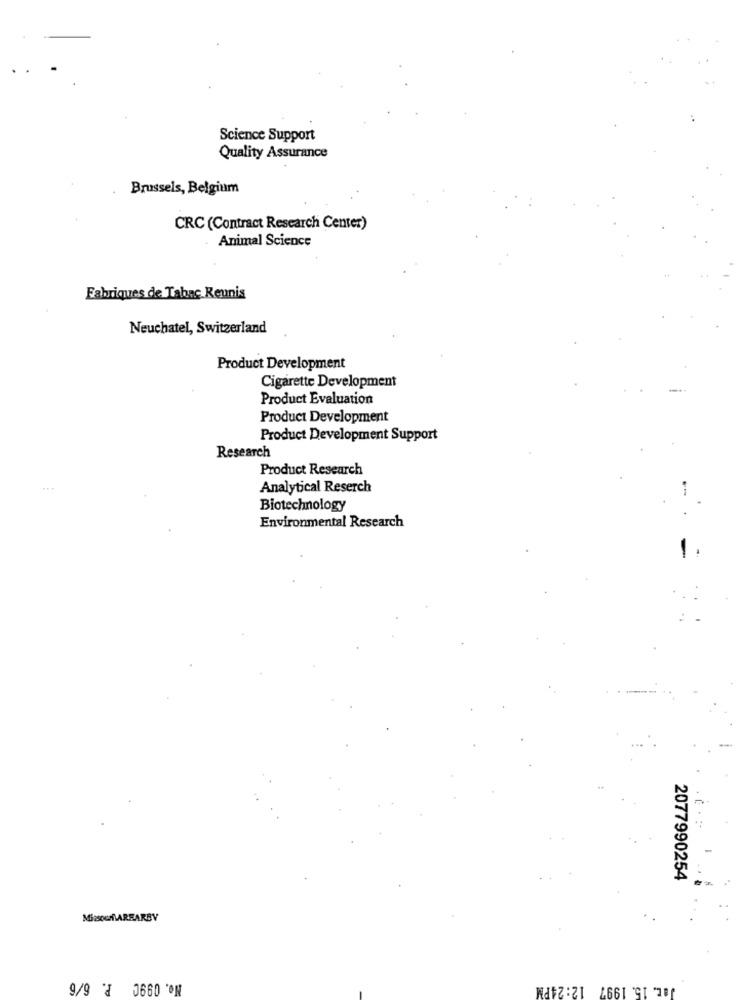
Science Support
Quality Assurance
Brussels, Belgium
CRC (Contract Research Center)
Animal Science
Fabriques de Tabac Reunis
Neuchatel, Switzerland
Product Development
Cigarette Development
Product Evaluation
Product Development
Product Development Support
Research
Product Research
Analytical Reserch
-
Biotechnology
Environmental Research
-
2077990254
MissourMAREARBY
No. 099C P. 6/6
Jar. 15. 1997 12:24PM